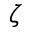
\zeta